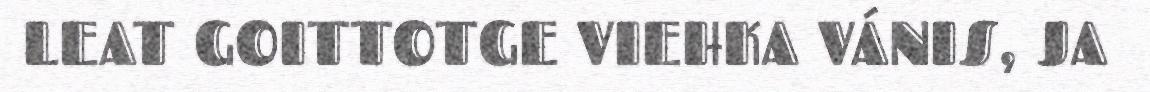
LEAT GOITTOTGE VIEHKA VÁNIS, JA